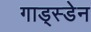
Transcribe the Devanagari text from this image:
गाड्स्डेन